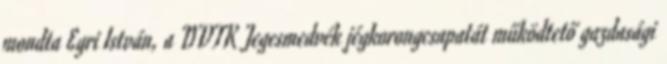
mondta Egri István, a DVTK Jegesmedvék jégkorongcsapatát működtető gazdasági